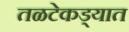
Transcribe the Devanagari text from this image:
तळटेकड्यात